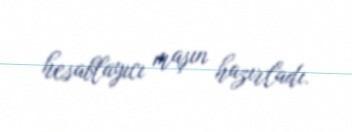
hesablayıcı maşın hazırladı.